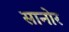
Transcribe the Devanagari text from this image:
सानोर